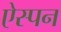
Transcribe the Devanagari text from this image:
ऐस्पन